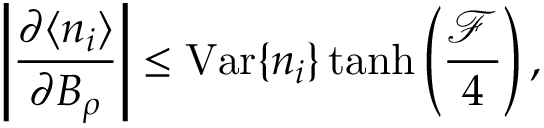
\left| \frac { \partial \langle n _ { i } \rangle } { \partial B _ { \rho } } \right| \leq \mathrm { V a r } \{ n _ { i } \} \operatorname { t a n h } \left( \frac { \mathcal { F } } { 4 } \right) ,